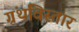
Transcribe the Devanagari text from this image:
ग्रंथविस्तार